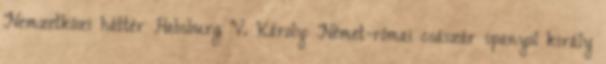
Nemzetközi háttér Habsburg V. Károly: Német-római császár spanyol király